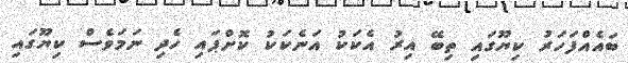
ބައެއްފަހަރު ކިޔޫގައި ތިބޭ އިރު އެކަކު އަނެކަކު ކޮށްޕައި ހެދި ނަމަވެސް ކިޔޫގައި